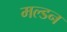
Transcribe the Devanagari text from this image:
मल्‍डन